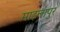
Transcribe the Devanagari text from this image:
माइलापुर